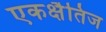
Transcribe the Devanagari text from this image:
एकक्षैतिज